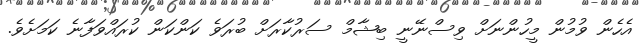
އެހެން ވުމުން މީހުންނަށް ވިސްނޭނީ ބިޝާމް ސަރުކާރަށް ބުރަވެ ކަންކަން ކުރައްވަފާނެ ކަމަށެވެ.